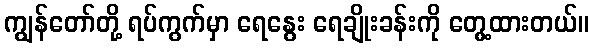
ကျွန်တော်တို့ ရပ်ကွက်မှာ ရေနွေး ရေချိုးခန်းကို တွေ့ထားတယ်။